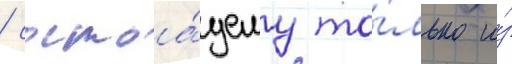
/ состоа́щему то́лько и́з